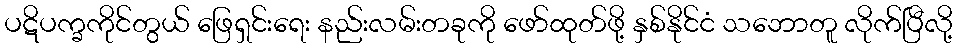
ပဋိပက္ခကိုင်တွယ် ဖြေရှင်းရေး နည်းလမ်းတခုကို ဖော်ထုတ်ဖို့ နှစ်နိုင်ငံ သဘောတူ လိုက်ပြီလို့